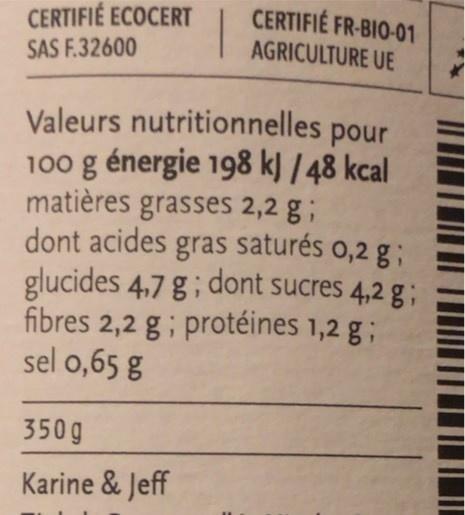
CERTIFIÉ ECOCERT
| CERTIFIÉ FR-BIO-01
SAS F.32600
AGRICULTURE UE
Valeurs nutritionnelles pour 100 g énergie 198 k) / 48 kcal matières grasses 2,2 g ; dont acides gras saturés 0,2 g; glucides 4,7 g; dont sucres 4,2 g ; fibres 2,2 g; protéines 1,2 g; sel 0,65 g
350g
Karine & Jeff